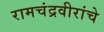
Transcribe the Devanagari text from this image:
रामचंद्रवीरांचे